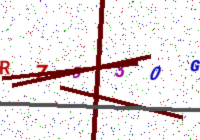
Text: R7B30G